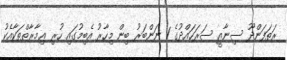
ރަތަފަންދޫ ސިނާޢީ ސަރަހައްދުގެ 1 ނަންބަރު ބިން މިހާރު އެބިމުގައި ހުރި ޢިމާރާތްތަކާއެކު